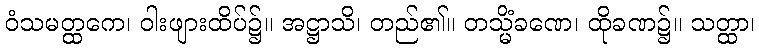
ဝံသမတ္ထကေ၊ ဝါးဖျားထိပ်၌။ အဋ္ဌာသိ၊ တည်၏။ တသ္မိံခဏေ၊ ထိုခဏ၌။ သတ္ထာ၊